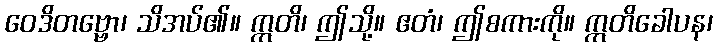
ဝေဒိတဗ္ဗော၊ သိအပ်၏။ ဣတိ၊ ဤသို့။ ဧတံ၊ ဤစကားကို။ ဣတိခေါပန၊